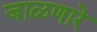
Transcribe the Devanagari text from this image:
जाळणारे